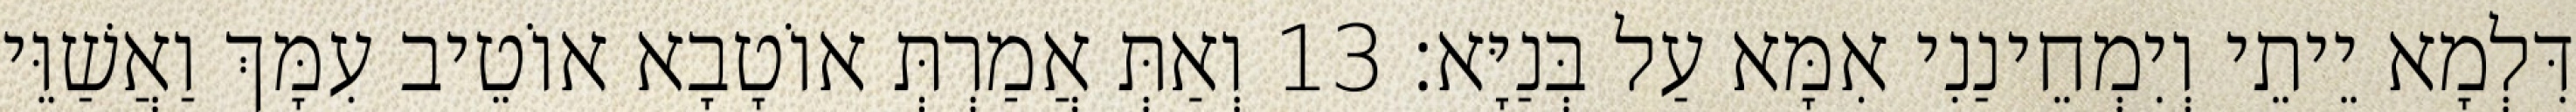
דִּלְמָא יֵיתֵי וְיִמְחֵינַנִי אִמָּא עַל בְּנַיָּא׃ 13 וְאַתְּ אֲמַרְתְּ אוֹטָבָא אוֹטֵיב עִמָּךְ וַאֲשַׁוֵּי